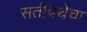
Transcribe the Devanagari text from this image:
सतीप्रथेचा